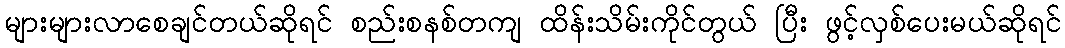
များများလာစေချင်တယ်ဆိုရင် စည်းစနစ်တကျ ထိန်းသိမ်းကိုင်တွယ် ပြီး ဖွင့်လှစ်ပေးမယ်ဆိုရင်